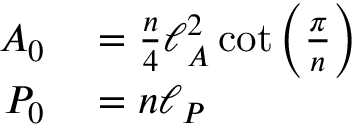
\begin{array} { r l } { A _ { 0 } } & { { } = \frac { n } { 4 } \ell _ { A } ^ { 2 } \cot \left( \frac { \pi } { n } \right) } \\ { P _ { 0 } } & { { } = n \ell _ { P } } \end{array}